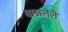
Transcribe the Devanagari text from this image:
वाजलेले